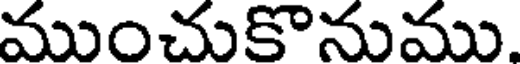
ముంచుకొనుము.